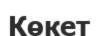
Көкет